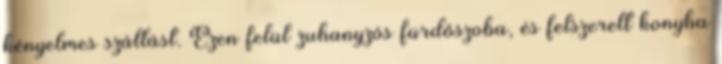
kényelmes szállást. Ezen felül zuhanyzós fürdőszoba, és felszerelt konyha